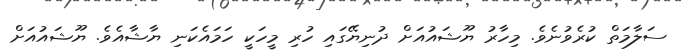
ސަލާމަތް ކުރެވުނެވެ. މިހާރު ޔޫޝައުއަށް ދުނިޔޭގައި ހުރި މީހަކީ ހަމައެކަނި ޔާޝާއެވެ. ޔޫޝައުއަށް